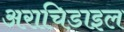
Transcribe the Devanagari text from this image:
अराचिडाइल